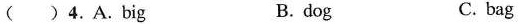
( )4.A.Big B. dog C. bag